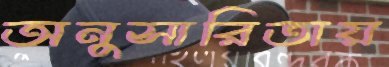
অনুসারিতায়